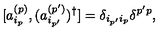
[ a _ { i _ { p } } ^ { ( p ) } , ( a _ { i _ { p ^ { \prime } } } ^ { ( p ^ { \prime } ) } ) ^ { \dagger } ] = \delta _ { i _ { p ^ { \prime } } i _ { p } } \delta ^ { p ^ { \prime } p } ,